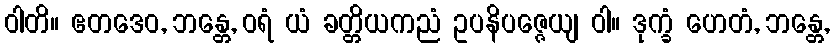
ဝါတိ။ ဧတဒေဝ, ဘန္တေ, ဝရံ ယံ ခတ္တိယကညံ ဥပနိပဇ္ဇေယျ ဝါ။ ဒုက္ခံ ဟေတံ, ဘန္တေ,